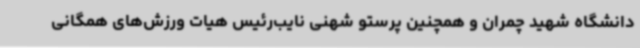
دانشگاه شهید چمران و همچنین پرستو شهنی نایب‌رئیس هیات ورزش‌های همگانی